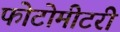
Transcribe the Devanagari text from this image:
फोटोमीटरी